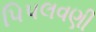
પિપલવણી